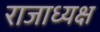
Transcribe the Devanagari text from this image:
राजाध्‍यक्ष